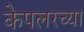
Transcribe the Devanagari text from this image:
केपलरच्या